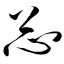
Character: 忐